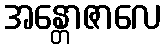
အန္တောဇာလေ